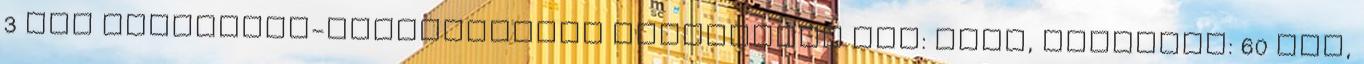
3 nap Élelmezés-egészségügyi várakozási idő: birs, naspolya: 60 nap,